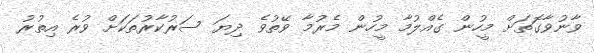
ވާނުވާގޮަތަށް މީހުން ގެއްލުމާ މީހުން މެރުމާ ވޭތުވެ ދިޔަ ސަރުކާރުތަކަށް ވުރެ އިތުރު